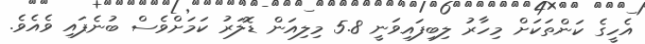
އެހީގެ ކަންތަކަށް މިހާރު ލިބިފައިވަނީ 5.8 މިލިއަން ޑޮލަރު ކަމަށްވެސް ބުނެފައި ވެއެވެ.